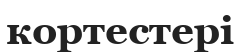
кортестері